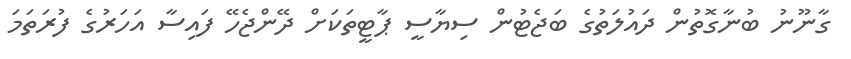
ގާނޫނު ބުނާގޮތުން ދައުލަތުގެ ބަޖެޓުން ސިޔާސީ ޕާޓީތަކަށް ދޭންޖެހޭ ފައިސާ އަހަރުގެ ފުރަތަމަ